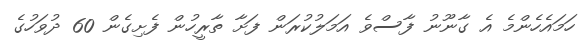
ހަމައެހެންމެ އެ ގާނޫނު ފާސްވެ އަމަލުކުރަން ފަށާ ތާރީހުން ފެށިގެން 60 ދުވަހުގެ